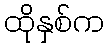
ထိုနှစ်က